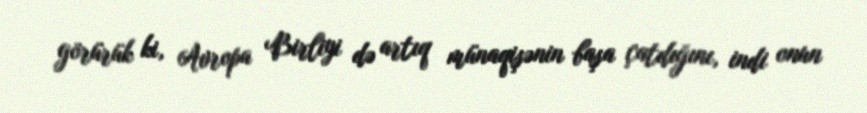
görürük ki, Avropa Birliyi də artıq münaqişənin başa çatdığını, indi onun